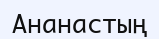
Ананастың